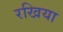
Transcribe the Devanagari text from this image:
रखिया